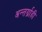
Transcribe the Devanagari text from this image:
अन्तर्ग्राही